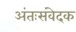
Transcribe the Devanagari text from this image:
अंतःसंवेदक